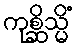
ကုစ္ဆိသ္မိံ